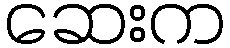
ဆေးက